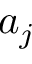
a _ { j }